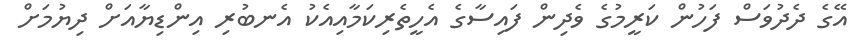
އޭގެ ދެދުވަސް ފަހުން ކަރީމުގެ ވެދިން ފައިސާގެ އެހީތެރިކަމާއިއެކު އެނބުރި އިންޑިޔާއަށް ދިޔުމަށް